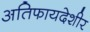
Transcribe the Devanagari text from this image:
अतिफायदेशीर